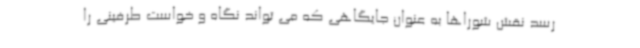
رسد نقش شوراها به عنوان جایگاهی که می تواند نگاه و خواست طرفینی را